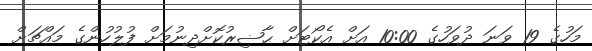
މަހުގެ 19 ވަނަ ދުވަހުގެ 10:00 އަށް އެކޯޓަށް ޙާޟިރުކޮށްދިނުމަށް ފުލުހުންގެ މައްޗަށް